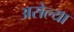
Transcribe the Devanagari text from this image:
असेल्या